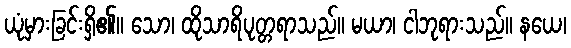
ယုံမှားခြင်းရှိ၏။ သော၊ ထိုသာရိပုတ္တရာသည်။ မယာ၊ ငါဘုရားသည်။ နယေ၊